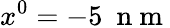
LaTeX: x^{0}=-5~\mathrm{~n~m~}